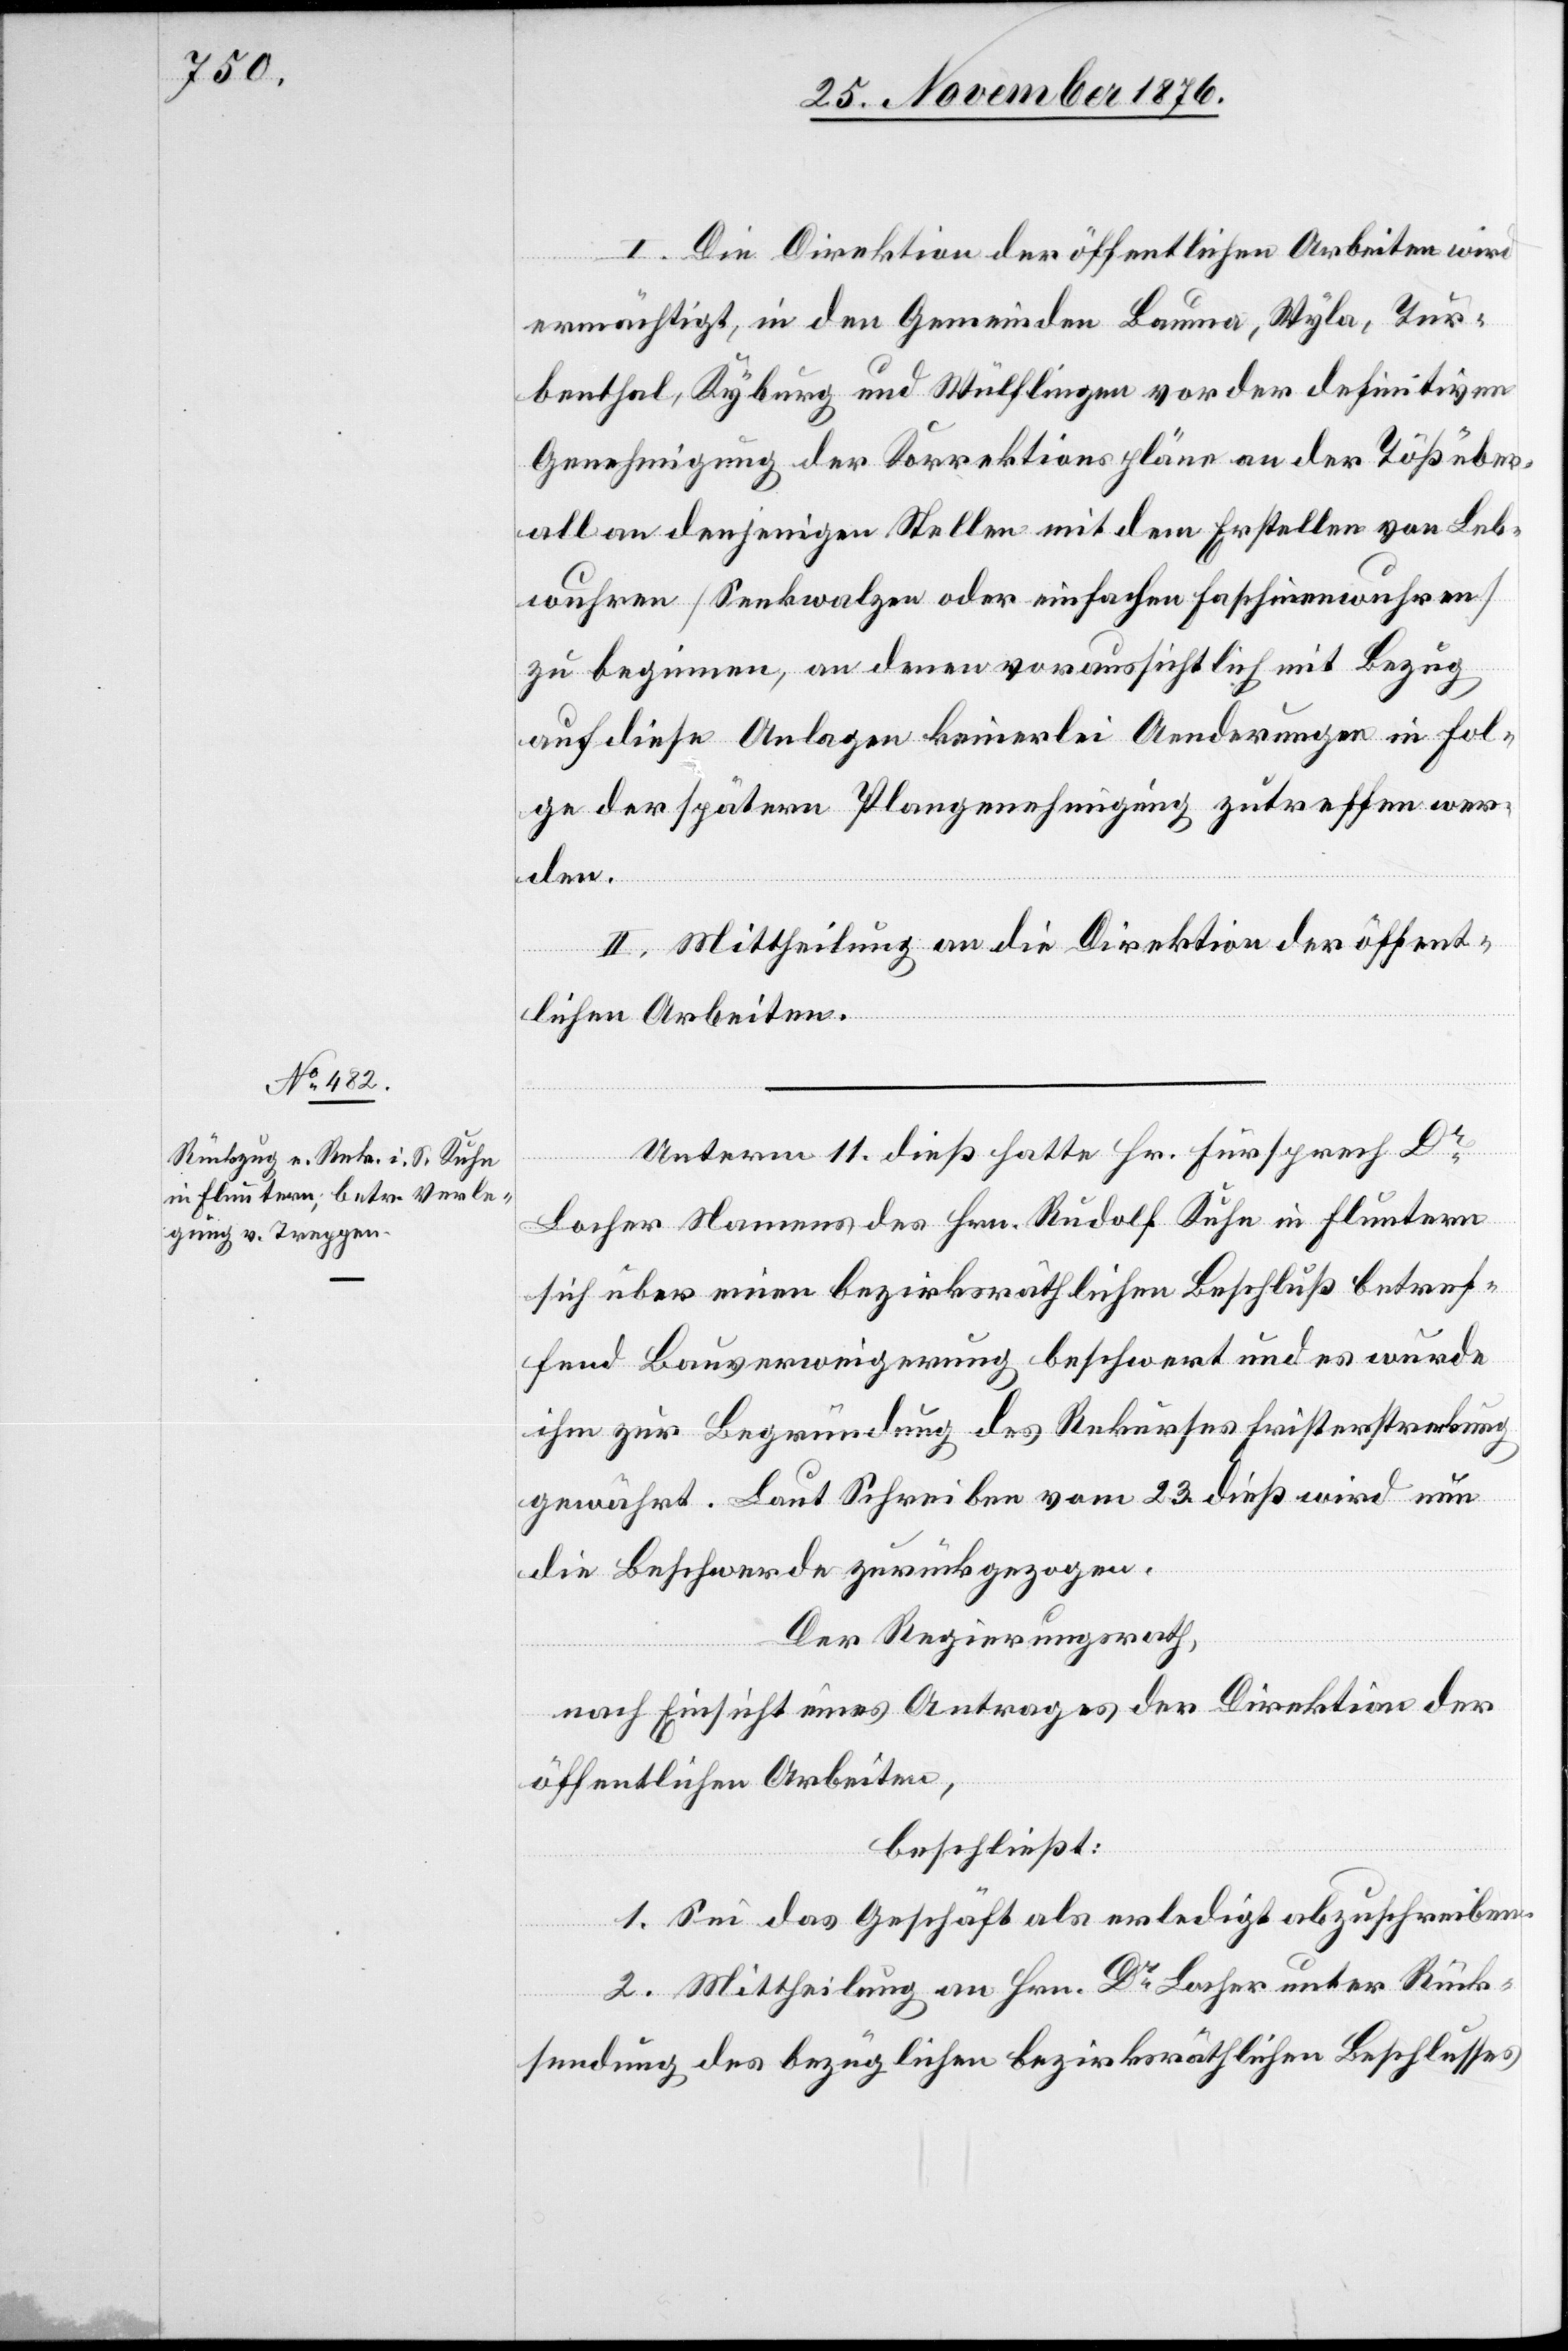
I. Die Direktion der öffentlichen Arbeiten wird
ermächtigt, in den Gemeinden Bauma, Wyla, Tur¬
benthal, Kyburg und Wülflingen vor der definitiven
Genehmigung der Korrektionspläne an der Töß über¬
all an denjenigen Stellen mit dem Erstellen von Leb¬
wuhren [Senkwalzen oder einfache Faschinenwuhren]
zu beginnen, an denen voraussichtlich mit Bezug
auf diese Anlagen keinerlei Aenderungen in Fol¬
ge der spätern Plangenehmigung zutreffen wer¬
den.
II. Mittheilung an die Direktion der öffent¬
lichen Arbeiten.
Unterm 11. dieß hatte Hr. Fürsprech Dr
Locher Namens des Hrn. Rudolf Kuhn in Fluntern
sich über einen bezirksräthlichen Beschluß betref¬
fend Bauverweigerung beschwert und es wurde
ihm zur Begründung des Rekurses Fristerstreckung
gewährt. Laut Schreiben vom 23. dieß wird nun
die Beschwerde zurückgezogen.
Der Regierungsrath,
nach Einsicht eines Antrages der Direktion der
öffentlichen Arbeiten,
beschließt:
1. Sei das Geschäft als erledigt abzuschreiben.
2. Mittheilung an Hrn. Dr Locher unter Rück¬
sendung des bezüglichen bezirksräthlichen Beschlusses